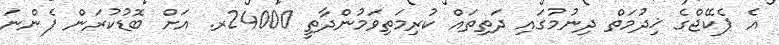
އެ ޕެކޭޖްގެ ޚިދުމަތް ދިނުމުގައި ދަތިތައް ކުރިމަތިވަމުންދާތީ 24000ރ. އަށް ބޮޑުކުރަން ފެންނަ